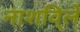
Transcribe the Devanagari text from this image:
नाशवि्ले